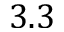
3 . 3